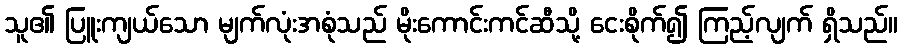
သူ၏ ပြူးကျယ်သော မျက်လုံးအစုံသည် မိုးကောင်းကင်ဆီသို့ ငေးစိုက်၍ ကြည့်လျက် ရှိသည်။